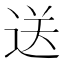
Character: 送